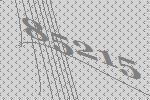
85215